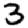
Digit: 3